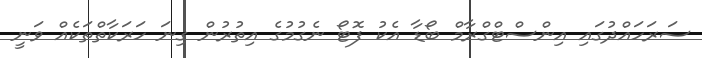
ސަރަހައްދުގައި އިންސްޓްގްރާމް ބޯޑާ އެކު ފޮޓޯ ނެގުމުގެ އިތުރުން ގިނަ ހަރަކާތްތަކެއް ވަނީ